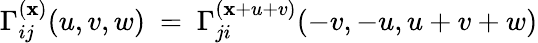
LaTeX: {\Gamma}_{ij}^{(\mathbf{x})}(u,v,w)\ =\ {\Gamma}_{ji}^{(\mathbf{x}+u+v)}(-v,-u,u+v+w)